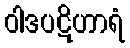
ဝါဒပဋိဟာရံ